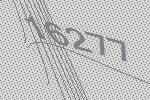
16277